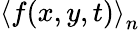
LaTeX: \left\langle f(x,y,t)\right\rangle_{n}